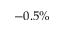
- 0 . 5 \%